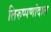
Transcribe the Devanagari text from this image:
तिरुप्पणांदाल